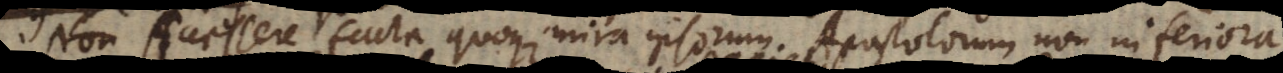
Non facta quoque mira ipsorum Apostolorum non inferior